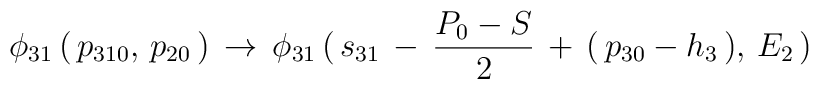
\phi_{31}\,(\,p_{310},\,p_{20}\,)\,\to\,\phi_{31}\,(\,s_{31}\,-\,{P_0-S\over2}\,+\,(\,p_{30}-h_3\,),\,E_2\,)